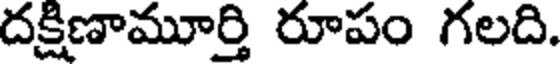
దక్షిణామూర్తి రూపం గలది.